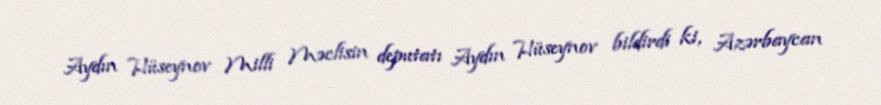
Aydın Hüseynov Milli Məclisin deputatı Aydın Hüseynov bildirdi ki, Azərbaycan